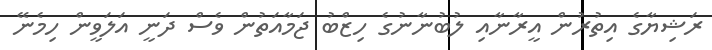
ރަޝިޔާގެ އިތުރުން އީރާނާއި ލުބުނާނުގެ ހިޒްބު ޖަމާއަތުން ވެސް ދަނީ އަލަވީން ހިމެނޭ